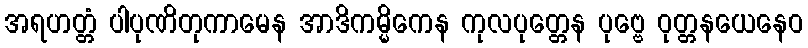
အရဟတ္တံ ပါပုဏိတုကာမေန အာဒိကမ္မိကေန ကုလပုတ္တေန ပုဗ္ဗေ ဝုတ္တနယေနေဝ